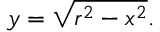
y = { \sqrt { r ^ { 2 } - x ^ { 2 } } } .